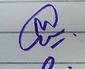
Signature authenticity: genuine